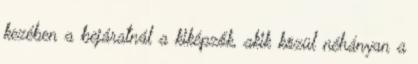
kezében a bejáratnál a kiképzők, akik közül néhányan a